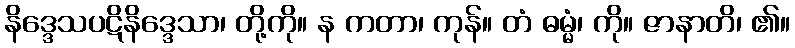
နိဒ္ဒေသပဋိနိဒ္ဒေသာ၊ တို့ကို။ န ကတာ၊ ကုန်။ တံ ဓမ္မံ၊ ကို။ ဇာနာတိ၊ ၏။